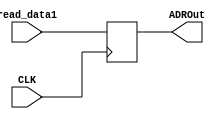
`timescale 1ns / 1ps
//////////////////////////////////////////////////////////////////////////////////
// Company: 
// Engineer: 
// 
// Design Name: 
// Module Name: ADR
// Project Name: 
// Target Devices: 
// Tool Versions: 
// Description: 
// 
// Dependencies: 
// 
// Revision:
// Revision 0.01 - File Created
// Additional Comments:
// 
//////////////////////////////////////////////////////////////////////////////////


module ADR(
	input CLK, 
	input [31:0] read_data1, 
	output reg [31:0] ADROut
	);
	
    always@(posedge CLK) begin
        ADROut <= read_data1;
    end
endmodule